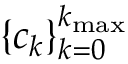
\{ c _ { k } \} _ { k = 0 } ^ { k _ { \mathrm { m a x } } }